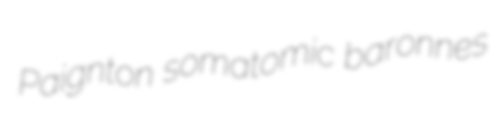
Paignton somatomic baronnes